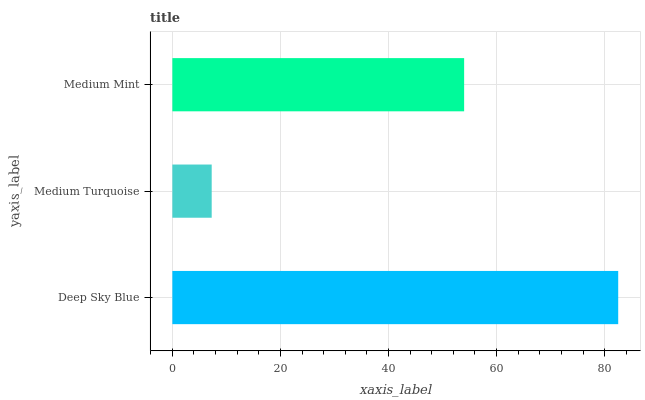
| yaxis_label | bars |
 | --- | --- |
 | Deep Sky Blue | 82.5 |
 | Medium Turquoise | 7.28 |
 | Medium Mint | 54 |